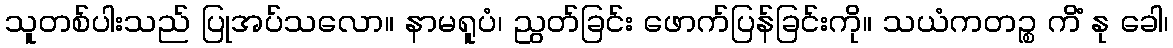
သူတစ်ပါးသည် ပြုအပ်သလော။ နာမရူပံ၊ ညွတ်ခြင်း ဖောက်ပြန်ခြင်းကို။ သယံကတဉ္စ ကိံ နု ခေါ၊